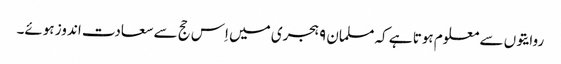
روایتوں سے معلوم ہوتا ہے کہ مسلمان ۹ ہجری میں اِس حج سے سعادت اندوز ہوئے۔